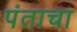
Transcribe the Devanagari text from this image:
पंताचा